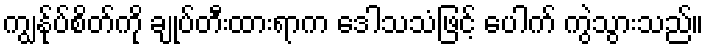
ကျွန်ုပ်စိတ်ကို ချုပ်တီးထားရာက ဒေါသသံဖြင့် ပေါက် ကွဲသွားသည်။